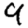
Digit: 9